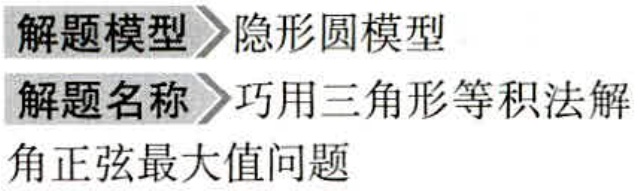
解题模型 隐形圆模型

解题名称 巧用三角形等积法解

角正弦最大值问题